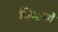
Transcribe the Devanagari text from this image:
किस्मो